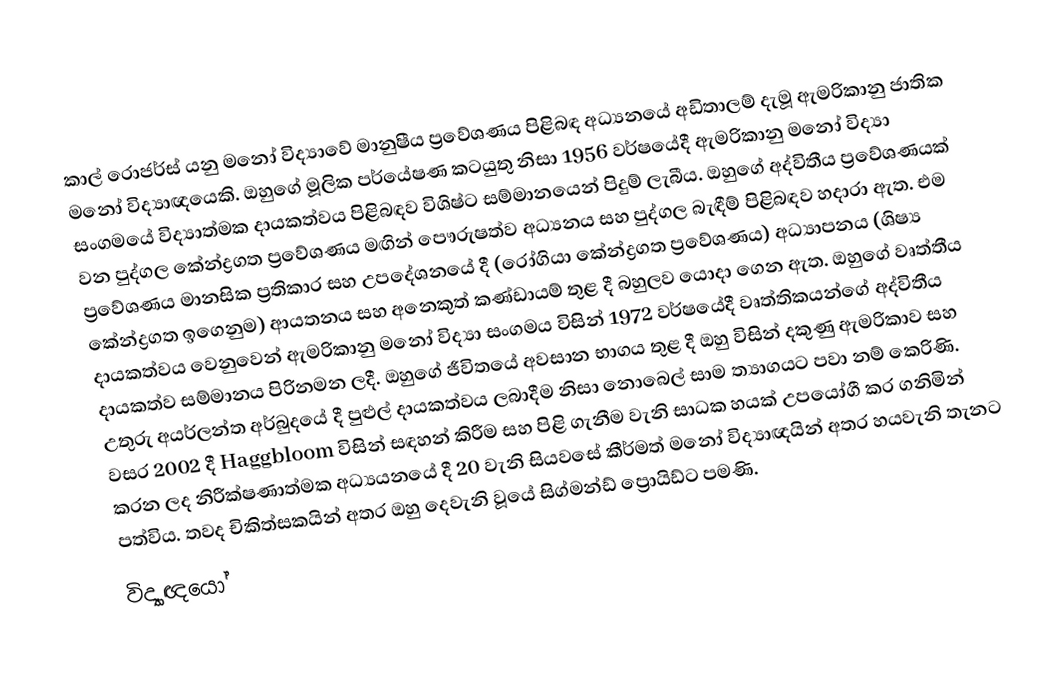
කාල් රොජර්ස් යනු මනෝ විද්‍යාවේ මානුෂීය ප්‍රවේශණය පිළිබඳ අධ්‍යනයේ අඩිතාලම් දැමූ ඇමරිකානු ජාතික මනෝ විද්‍යාඥයෙකි. ඔහුගේ මූලික පර්යේෂණ කටයුතු නිසා 1956 වර්ෂයේදී ඇමරිකානු මනෝ විද්‍යා සංගමයේ විද්‍යාත්මක දායකත්වය පිළිබඳව විශිෂ්ට සම්මානයෙන් පිදුම් ලැබීය. ඔහුගේ අද්විතීය ප්‍රවේශණයක් වන පුද්ගල කේන්ද්‍රගත ප්‍රවේශණය මඟින් පෞරුෂත්ව අධ්‍යනය සහ පුද්ගල බැඳීම් පිළිබඳව හදාරා ඇත. එම ප්‍රවේශණය මානසික ප්‍රතිකාර සහ උපදේශනයේ දී (රෝගියා කේන්ද්‍රගත ප්‍රවේශණය) අධ්‍යාපනය (ශිෂ්‍ය කේන්ද්‍රගත ඉගෙනුම) ආයතනය සහ අනෙකුත් කණ්ඩායම් තුළ දී බහුලව යොදා ගෙන ඇත. ඔහුගේ වෘත්තීය දායකත්වය වෙනුවෙන් ඇමරිකානු මනෝ විද්‍යා සංගමය විසින් 1972 වර්ෂයේදී වෘත්තිකයන්ගේ අද්විතීය දායකත්ව සම්මානය පිරිනමන ලදී. ඔහුගේ ජීවිතයේ අවසාන භාගය තුළ දී  ඔහු විසින් දකුණු ඇමරිකාව සහ උතුරු අයර්ලන්ත අර්බුදයේ දී පුළුල් දායකත්වය ලබාදීම නිසා නොබෙල් සාම ත්‍යාගයට පවා නම් කෙරිණි. වසර 2002 දී Haggbloom විසින් සඳහන් කිරීම සහ පිළි ගැනීම වැනි සාධක හයක් උපයෝගී කර ගනිමින් කරන ලද නිරීක්ෂණාත්මක අධ්‍යයනයේ දී 20 වැනි සියවසේ කීර්මත් මනෝ විද්‍යාඥයින් අතර හයවැනි තැනට පත්විය. තවද චිකිත්සකයින් අතර ඔහු දෙවැනි වූයේ සිග්මන්ඩ් ප්‍රොයිඩ්ට පමණි.
විද්‍යාඥයෝ